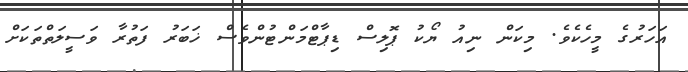
އަހަރުގެ މީހެކެވެ. މިކަން ނިއު ޔޯކު ޕޮލިސް ޑިޕާޓްމަންޓުންވެސް ޚަބަރު ފަތުރާ ވަސީލަތްތަކަށް